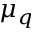
\mu _ { q }